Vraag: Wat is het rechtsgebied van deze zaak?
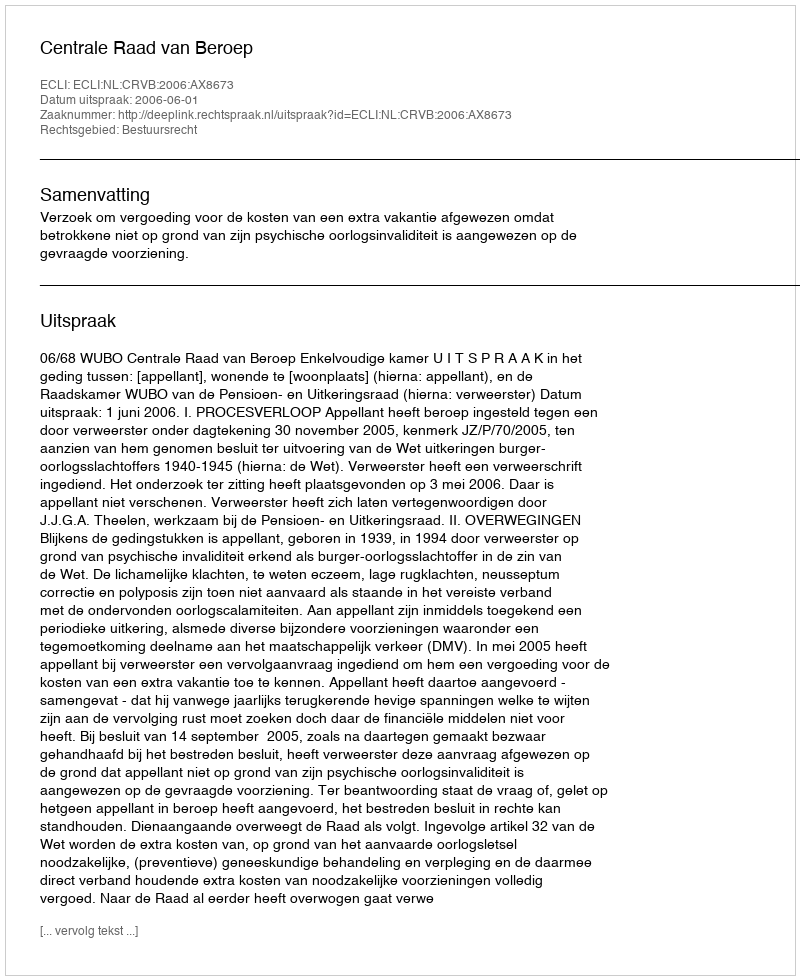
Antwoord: Bestuursrecht